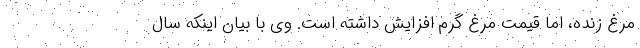
مرغ زنده، اما قیمت مرغ گرم افزایش داشته است. وی با بیان اینکه سال